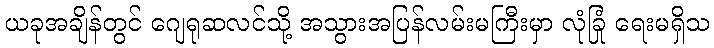
ယခုအချိန်တွင် ဂျေရုဆလင်သို့ အသွားအပြန်လမ်းမကြီးမှာ လုံခြုံ ရေးမရှိသ